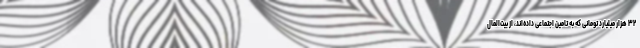
۳۲ هزار میلیارد تومانی که به تامین اجتماعی داده‌اند، از بیت‌المال